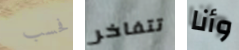
فحسب تتفاخر وأنا